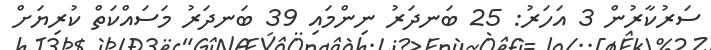
ސަރުކާރުން 3 އަހަރު: 25 ބަނދަރު ނިންމައި 39 ބަނދަރު މަސައްކަތް ކުރިޔަށް